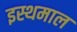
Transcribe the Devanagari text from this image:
इस्थमाल